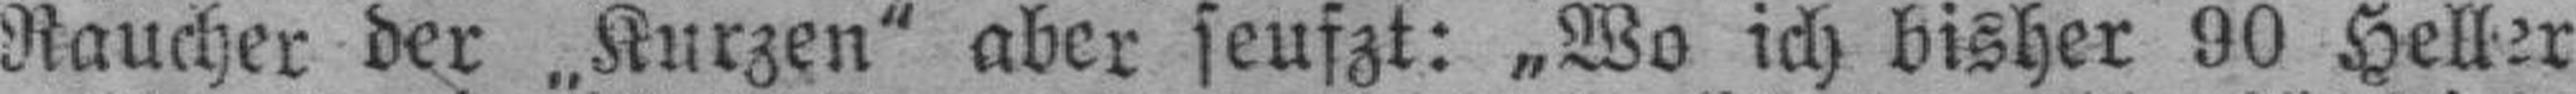
Raucher der „Kurzen" aber seufzt: „Wo ich bisher 90 Heller